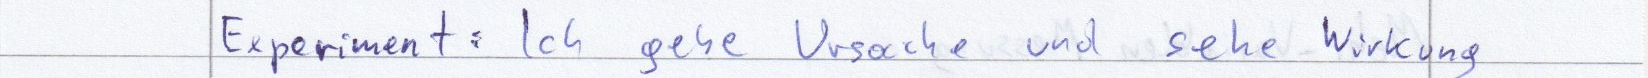
Experiment: Ich gebe Ursache und sehe Wirkung